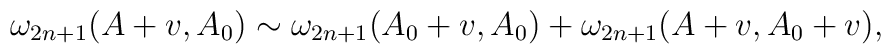
\omega _{2n+1}(A+v,A_0)  \sim  \omega _{2n+1}(A_0+v,A_0)+\omega _{2n+1}(A+v,A_0+v),